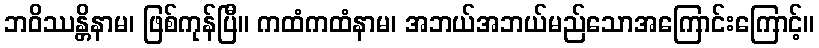
ဘဝိဿန္တိနာမ၊ ဖြစ်ကုန်ပြီ။ ကထံကထံနာမ၊ အဘယ်အဘယ်မည်သောအကြောင်းကြောင့်။